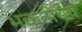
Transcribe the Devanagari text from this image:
भक्तीचेच